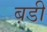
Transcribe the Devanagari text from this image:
ब़डी